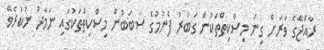
ރާއްޖޭގެ ވަރަށް ގިނަ މިސްކިތްތަކުން ގަބުރު ފެނުމުގެ ސަބަބުން މިސްކިތްތަކުގައި ނަމާދު ނުކުރެވޭ